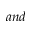
a n d